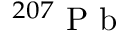
{ } ^ { 2 0 7 } \mathrm { ~ P ~ b ~ }